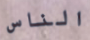
الناس